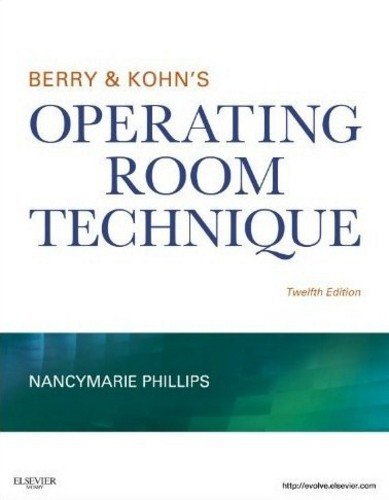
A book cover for Berry & Kohn's Operating Room Technique, 12e; Nancymarie Phillips RN  PhD  RNFA  CNOR; Medical Books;